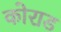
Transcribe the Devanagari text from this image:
कोराड